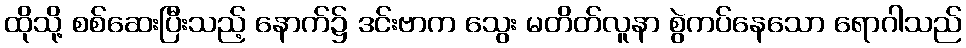
ထိုသို့ စစ်ဆေးပြီးသည့် နောက်၌ ဒင်းဗာက သွေး မတိတ်လူနာ စွဲကပ်နေသော ရောဂါသည်